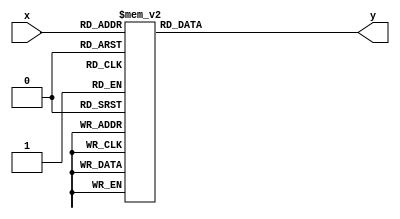
module encoder_7seg (x,y);
	input [3:0] x;
	output reg [0:6] y;

	always@(x)
	begin
		case(x)
			0: y=7'b0000001; 
			1: y=7'b1001111;
			2: y=7'b0010010;
			3: y=7'b0000110;
			4: y=7'b1001100;
			5: y=7'b0100100;
			6: y=7'b0100000;
			7: y=7'b0001111;
			8: y=7'b0000000;
			9: y=7'b0000100;
			
			10: y=7'b0011000; //P
			11: y=7'b1110001;	//L
			12: y=7'b0001000;	//A
			13: y=7'b1000100;	//Y
			14: y=7'b1001000;	//H
			15: y=7'b1111110;	//-
			default: y=7'b0000001;
		endcase
	end
endmodule